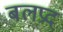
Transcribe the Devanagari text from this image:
बलप्रद